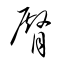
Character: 臀